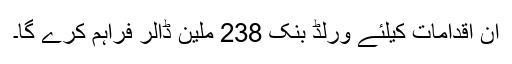
ان اقدامات کیلئے ورلڈ بنک 238 ملین ڈالر فراہم کرے گا۔